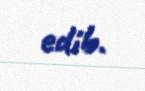
edib.